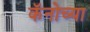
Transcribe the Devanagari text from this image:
कॅनोच्या